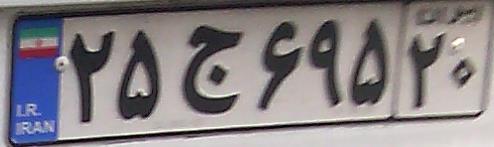
۲۵ج۶۹۵۲۰